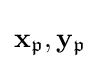
\mathbf {x} _{\mathfrak {p}},\mathbf {y} _{\mathfrak {p}}